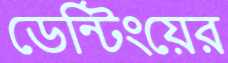
ডেন্টিংয়ের